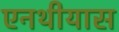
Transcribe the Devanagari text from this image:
एनथीयास